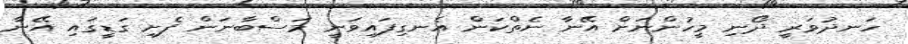
ހަނދުވަރީ ދޯނި މީހުންނަށް އޭނާ ނެތްކަން އެނގިފައިވަނީ މަސްބާނަން ފެށި ގަޑީގައި އޭނާ